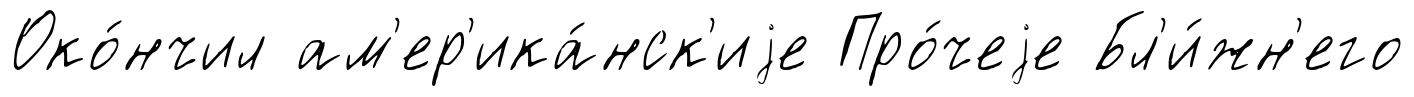
Око́нчил ам'ер'ика́нск'иjе Про́чеjе Бл'и́жн'его